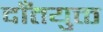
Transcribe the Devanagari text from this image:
दाँतयुक्त